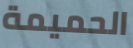
الحميمة